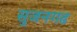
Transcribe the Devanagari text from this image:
सुजनगढ